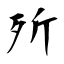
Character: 歽